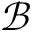
\mathcal { B }